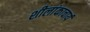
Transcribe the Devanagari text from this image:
शीलांकाचार्य